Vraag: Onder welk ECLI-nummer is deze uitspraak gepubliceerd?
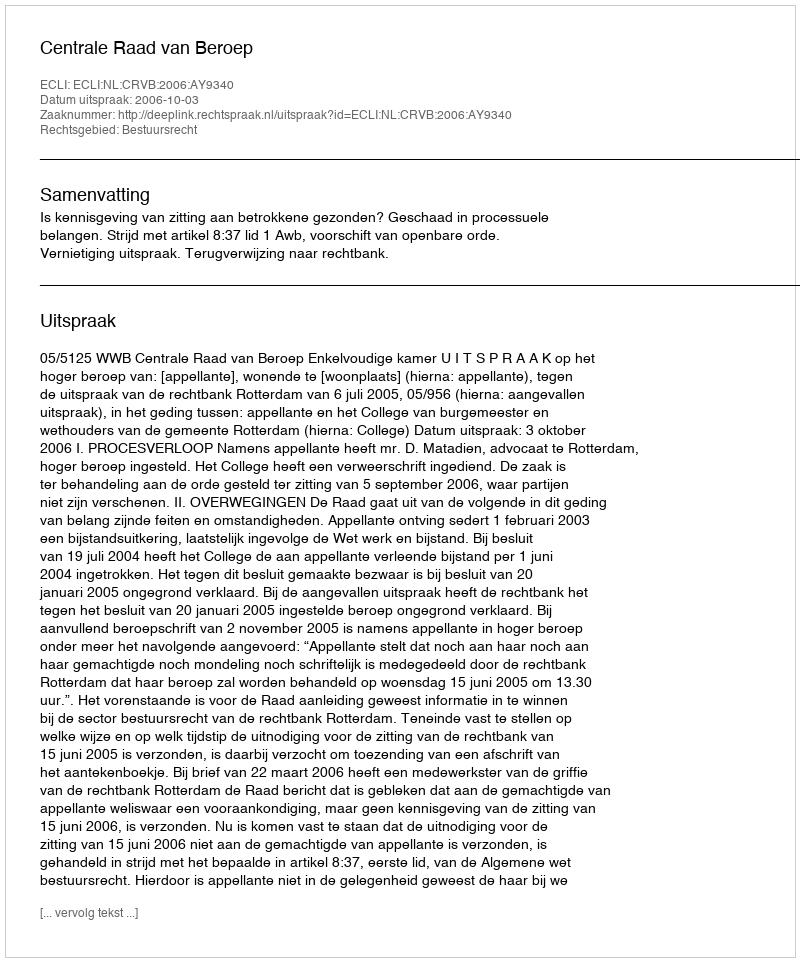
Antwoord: ECLI:NL:CRVB:2006:AY9340